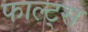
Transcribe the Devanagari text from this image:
फाल्ट्स